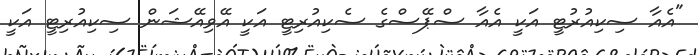
"އެއާ ސިކިއުރުޓީ އަކީ އެއާ ސްޕޭސްގެ ސެކިއުރިޓީ އަކީ އޭވިއޭޝަން ސިކިއުރިޓީ އަކީ